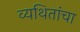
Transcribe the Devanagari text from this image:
व्यथितांचा